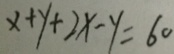
x + y + 2 x - y = 6